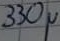
Text: 330µ